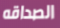
الصداقه